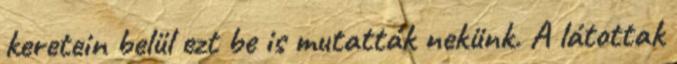
keretein belül ezt be is mutatták nekünk. A látottak